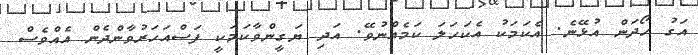
އަގު ހޯދަން އުޅޭނެ. އެކަމަކު އެކަހަލަ ކަމެއްނުވޭ. އަދި ޔަގީންވާކަމަކީ ފަސްއަހަރުވާންދެން އެއްވެސް